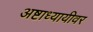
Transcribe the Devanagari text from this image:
अष्टाध्यायीवर